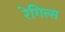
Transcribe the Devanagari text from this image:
रेगिल्स